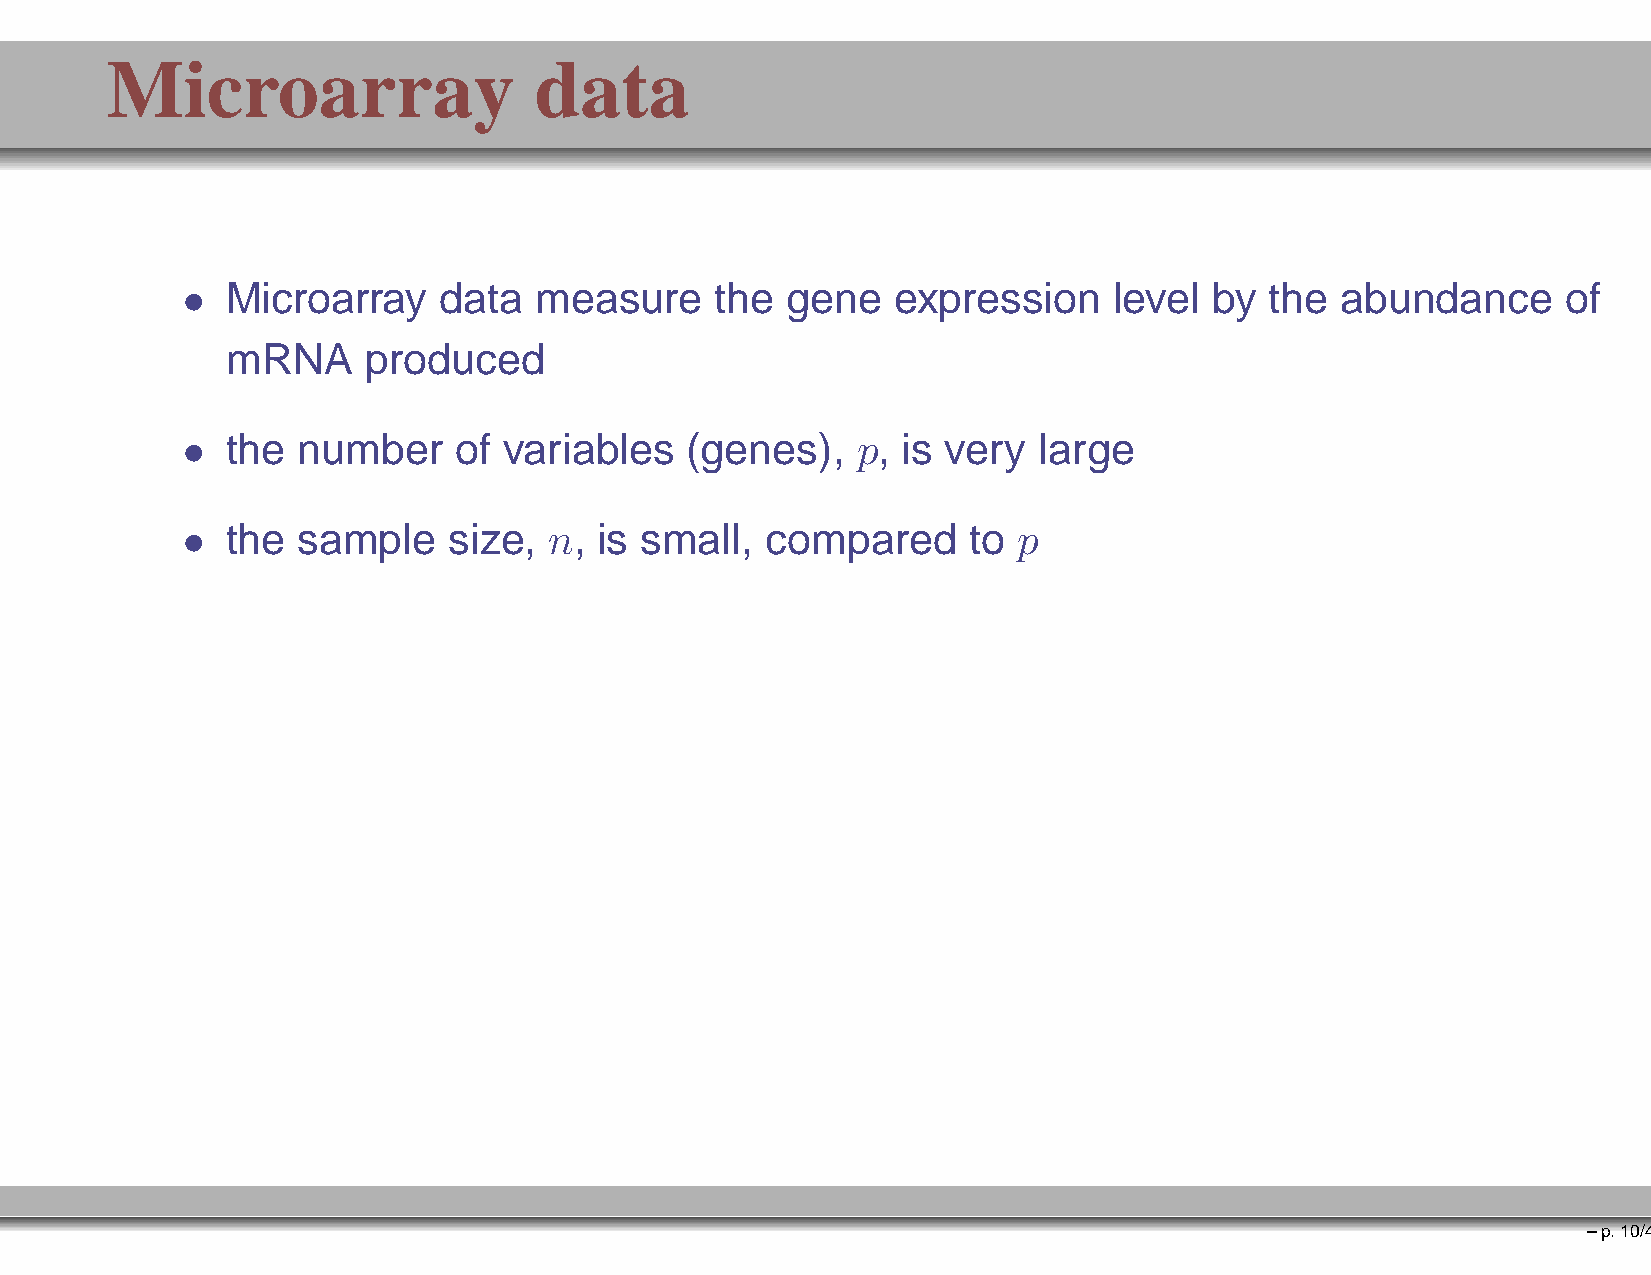
Microarray                  data
 •  Microarray    data  measure     the  gene   expression     level by  the  abundance      of
 mRNA     produced
 •  the  number    of variables   (genes),    p, is very  large
 •  the  sample    size, n,  is small,  compared     to p
 –p.10/41